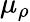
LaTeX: \mu_{\rho}